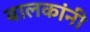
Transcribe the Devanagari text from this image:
बालकांनी